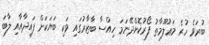
ބުރަވެ ހުރެ މަޢުލޫމާތު ފޯރުކޮށްދޭނަމަ ހިއްސާ ބާޒާރުގައި ވަކި ބަޔަކަށް ފައިދާއާއި ލާބަ